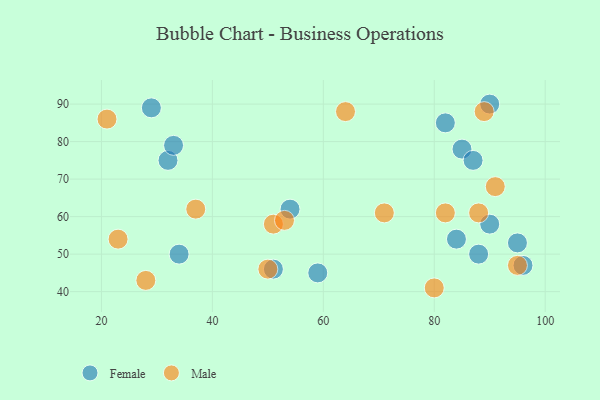
{"axis": {"x": "GDP", "y": "Life Expectancy"}, "legend": ["Female", "Male"], "data": [{"x": "95", "y": 53, "type": "Female"}, {"x": "90", "y": 90, "type": "Female"}, {"x": "85", "y": 78, "type": "Female"}, {"x": "96", "y": 47, "type": "Female"}, {"x": "90", "y": 58, "type": "Female"}, {"x": "34", "y": 50, "type": "Female"}, {"x": "51", "y": 46, "type": "Female"}, {"x": "59", "y": 45, "type": "Female"}, {"x": "88", "y": 50, "type": "Female"}, {"x": "54", "y": 62, "type": "Female"}, {"x": "32", "y": 75, "type": "Female"}, {"x": "33", "y": 79, "type": "Female"}, {"x": "82", "y": 85, "type": "Female"}, {"x": "29", "y": 89, "type": "Female"}, {"x": "87", "y": 75, "type": "Female"}, {"x": "84", "y": 54, "type": "Female"}, {"x": "95", "y": 47, "type": "Male"}, {"x": "64", "y": 88, "type": "Male"}, {"x": "91", "y": 68, "type": "Male"}, {"x": "28", "y": 43, "type": "Male"}, {"x": "37", "y": 62, "type": "Male"}, {"x": "23", "y": 54, "type": "Male"}, {"x": "51", "y": 58, "type": "Male"}, {"x": "89", "y": 88, "type": "Male"}, {"x": "80", "y": 41, "type": "Male"}, {"x": "50", "y": 46, "type": "Male"}, {"x": "21", "y": 86, "type": "Male"}, {"x": "71", "y": 61, "type": "Male"}, {"x": "82", "y": 61, "type": "Male"}, {"x": "88", "y": 61, "type": "Male"}, {"x": "53", "y": 59, "type": "Male"}]}